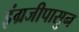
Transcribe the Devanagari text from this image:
इंग्रजीपासुन